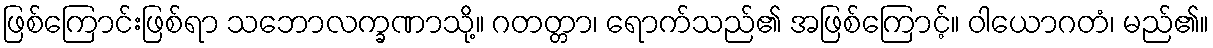
ဖြစ်ကြောင်းဖြစ်ရာ သဘောလက္ခဏာသို့။ ဂတတ္တာ၊ ရောက်သည်၏ အဖြစ်ကြောင့်။ ဝါယောဂတံ၊ မည်၏။